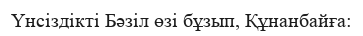
Үнсіздікті Бәзіл өзі бұзып, Құнанбайға: